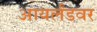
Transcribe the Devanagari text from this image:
आयर्लंडवर